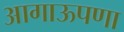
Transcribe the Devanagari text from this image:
आगाऊपणा